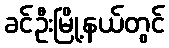
ခင်ဦးမြို့နယ်တွင်